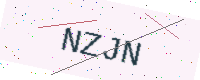
Text: NZJN